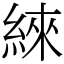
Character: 䋱